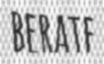
BERATE